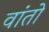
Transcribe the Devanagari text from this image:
वांतो